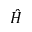
\hat { H }